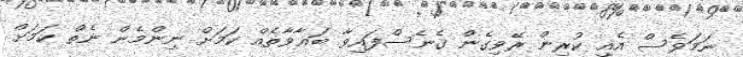
ނަމަވެސް އެއީ ކުރިން ރޭވިގެން ގެނެސްފައިވާ ބަޣާވާތެއް ކަމަށް ނިންމެން ނެތް ކަމަށް